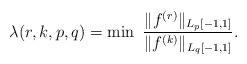
LaTeX: \begin{align*}\lambda(r,k,p,q)=\min\ \frac{\Vert f^{(r)}\Vert_{L_p\left[ -1,1\right] }}{\Vert f^{(k)}\Vert _{L_q\left[-1,1\right] }}.\end{align*}